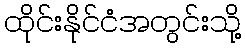
ထိုင်းနိုင်ငံအတွင်းသို့